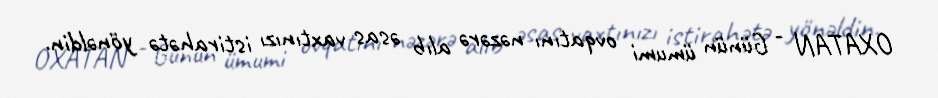
OXATAN - Günün ümumi ovqatını nəzərə alıb əsas vaxtınızı istirahətə yönəldin.